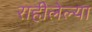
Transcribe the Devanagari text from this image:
राहीलेल्या